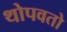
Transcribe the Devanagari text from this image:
थोपवतो